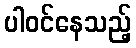
ပါဝင်နေသည့်